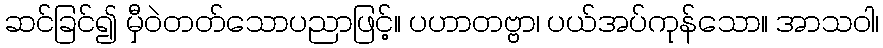
ဆင်ခြင်၍ မှီဝဲတတ်သောပညာဖြင့်။ ပဟာတဗ္ဗာ၊ ပယ်အပ်ကုန်သော။ အာသဝါ၊